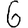
Digit: 6